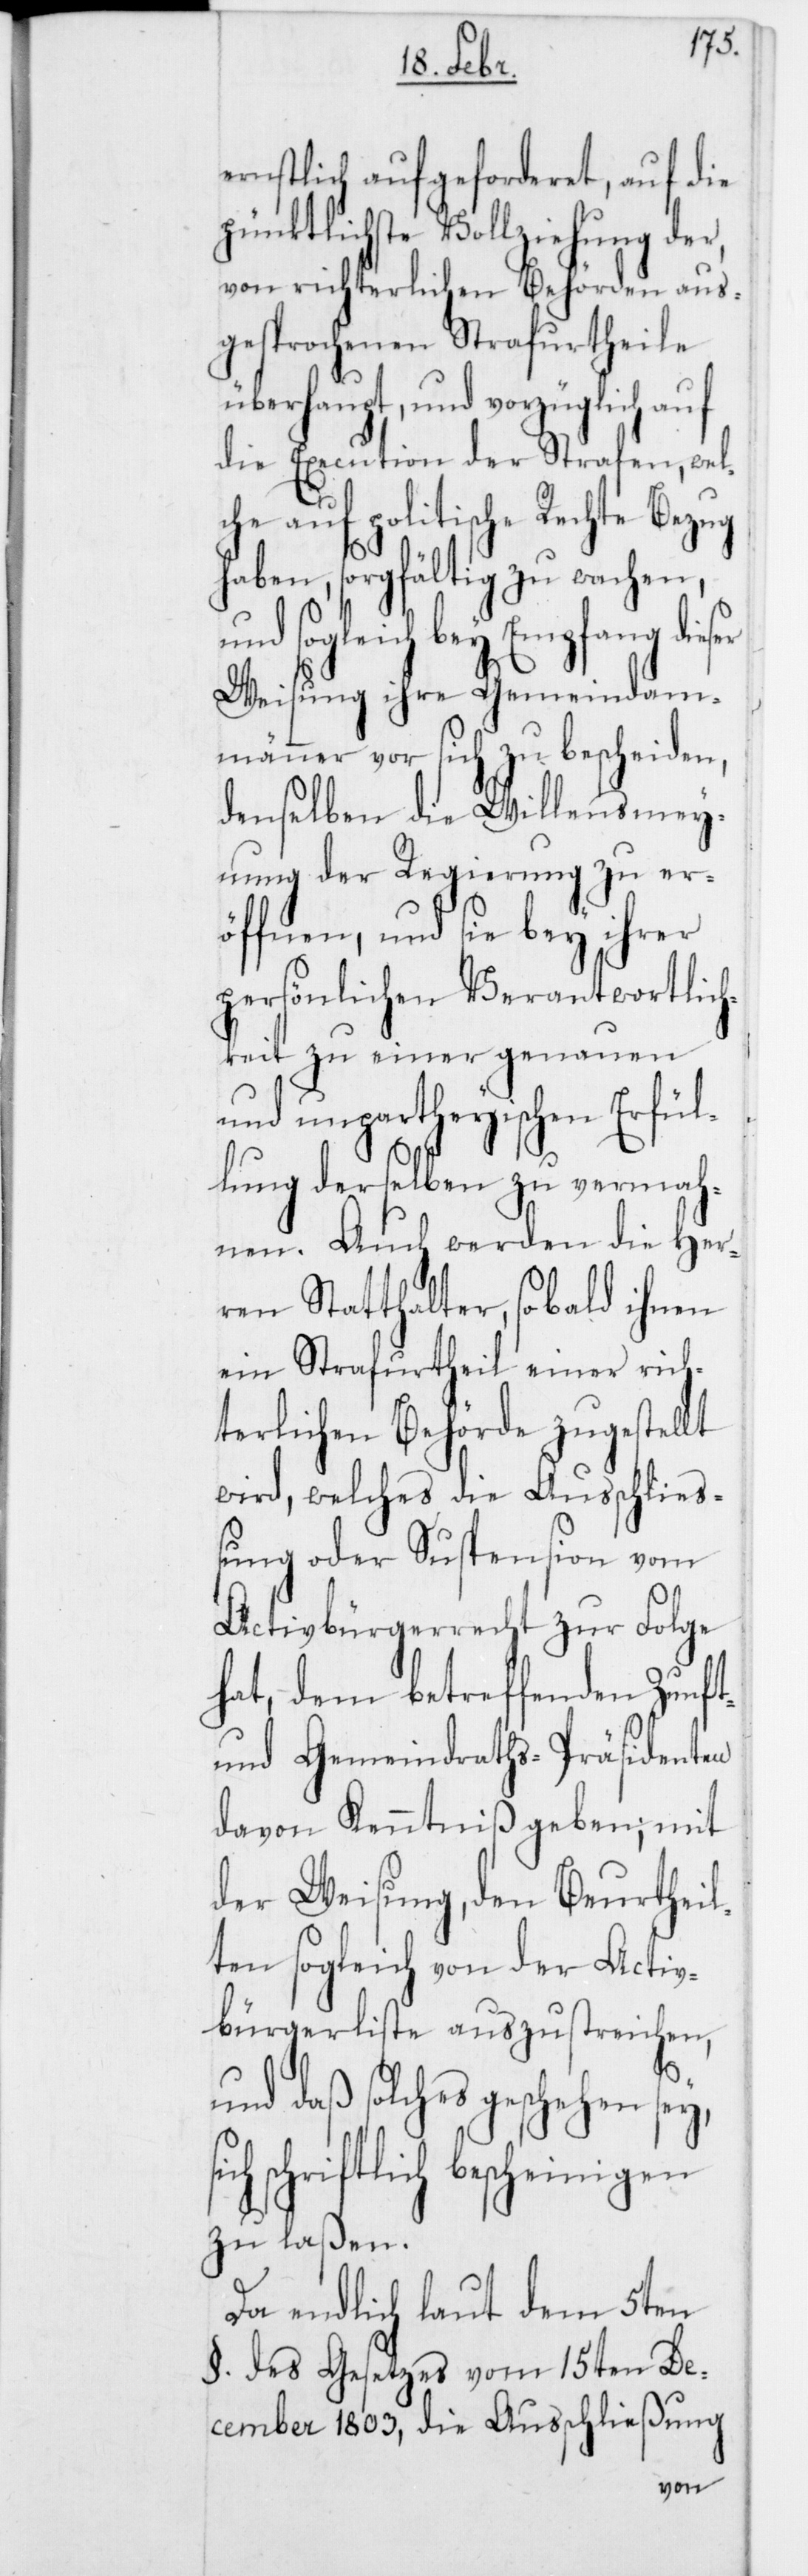
ernstlich aufgeforderet, auf die
pünktlichste Vollziehung der,
von richterlichen Behörden aus¬
gesprochenen Strafurtheile
überhaupt, und vorzüglich auf
die Execution der Strafen, wel¬
che auf politische Rechte Bezug
haben, sorgfältig zu wachen,
sogleich bey Empfang
Weisung ihre Gemeindam¬
männer vor sich zu bescheiden,
denselben die Willensmey¬
nung der Regierung zu er¬
öffnen, und sie bey ihrer
persönlichen Verantwortlich¬
keit zu einer genauen
und unpartheyischen Erfül¬
lung derselben zu vermah¬
nen. Auch werden die Her¬
ren Statthalter, sobald ihnen
ein Strafurtheil einer rich¬
terlichen Behörde zugestellt
wird, welches die Ausschließ¬
ung oder Suspension vom
Activbürgerrecht zur Folge
hat, dem betreffenden Zunft-
und Gemeindraths-Präsidenten
davon Kenntniß geben; mit
der Weisung, den Beurtheil¬
ten sogleich von der Activ¬
bürgerliste auszustreichen,
und daß solches geschehen sey,
schriftlich bescheinigen
zu laßen.
Da endlich laut dem 5ten
§. des Gesetzes vom 15ten De¬
cember 1803, die Ausschließung